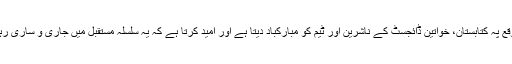
اس موقع پہ کتابستان، خواتین ڈائجسٹ کے ناشرین اور ٹیم کو مبارکباد دیتا ہے اور امید کرتا ہے کہ یہ سلسلہ مستقبل میں جاری و ساری رہے گا۔